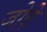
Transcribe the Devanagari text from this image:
जो़ड़े